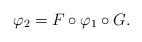
LaTeX: \begin{align*}\varphi_2 = F \circ \varphi_1 \circ G .\end{align*}